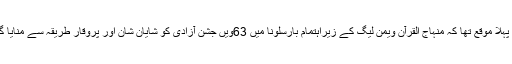
یہ پہلا موقع تھا کہ منہاج القرآن ویمن لیگ کے زیراہتمام بارسلونا میں 63ویں جشن آزادی کو شایان شان اور پروقار طریقہ سے منایا گیا۔